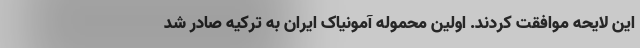
این لایحه موافقت کردند. اولین محموله آمونیاک ایران به ترکیه صادر شد